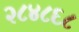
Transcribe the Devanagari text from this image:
२८४८६८